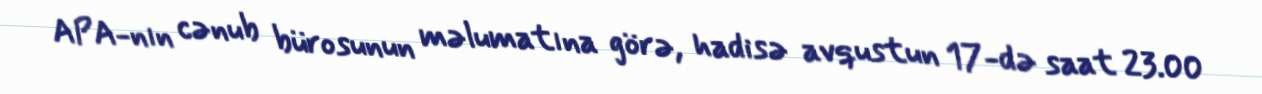
APA-nın cənub bürosunun məlumatına görə, hadisə avqustun 17-də saat 23.00